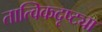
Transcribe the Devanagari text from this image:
तात्विकदृष्ट्या